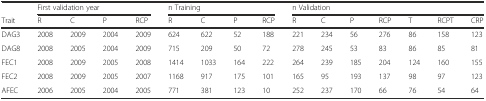
<table><thead><tr><td></td><td colspan="4"><b>First validation year</b></td><td colspan="4"><b>n Training</b></td><td colspan="7"><b>n Validation</b></td></tr><tr><td><b>Trait</b></td><td><b>R</b></td><td><b>C</b></td><td><b>P</b></td><td><b>RCP</b></td><td><b>R</b></td><td><b>C</b></td><td><b>P</b></td><td><b>RCP</b></td><td><b>R</b></td><td><b>C</b></td><td><b>P</b></td><td><b>RCP</b></td><td><b>T</b></td><td><b>RCPT</b></td><td><b>CRP</b></td></tr></thead><tbody><tr><td>DAG3</td><td>2008</td><td>2009</td><td>2004</td><td>2009</td><td>624</td><td>622</td><td>52</td><td>188</td><td>221</td><td>234</td><td>56</td><td>276</td><td>86</td><td>158</td><td>123</td></tr><tr><td>DAG8</td><td>2008</td><td>2005</td><td>2004</td><td>2009</td><td>715</td><td>209</td><td>50</td><td>72</td><td>278</td><td>245</td><td>53</td><td>83</td><td>86</td><td>85</td><td>81</td></tr><tr><td>FEC1</td><td>2008</td><td>2009</td><td>2005</td><td>2008</td><td>1414</td><td>1033</td><td>164</td><td>222</td><td>264</td><td>239</td><td>185</td><td>204</td><td>124</td><td>160</td><td>155</td></tr><tr><td>FEC2</td><td>2008</td><td>2009</td><td>2005</td><td>2007</td><td>1168</td><td>917</td><td>175</td><td>101</td><td>165</td><td>95</td><td>193</td><td>137</td><td>98</td><td>97</td><td>123</td></tr><tr><td>AFEC</td><td>2006</td><td>2005</td><td>2004</td><td>2005</td><td>771</td><td>381</td><td>123</td><td>10</td><td>252</td><td>237</td><td>170</td><td>66</td><td>76</td><td>54</td><td>64</td></tr></tbody></table>